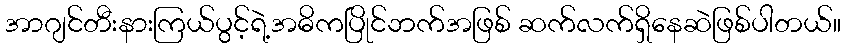
အာဂျင်တီးနားကြယ်ပွင့်ရဲ့အဓိကပြိုင်ဘက်အဖြစ် ဆက်လက်ရှိနေဆဲဖြစ်ပါတယ်။